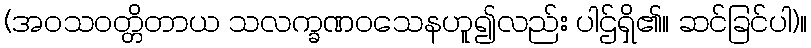
(အဝသဝတ္တိတာယ သလက္ခဏဝသေနဟူ၍လည်း ပါဌ်ရှိ၏။ ဆင်ခြင်ပါ)။